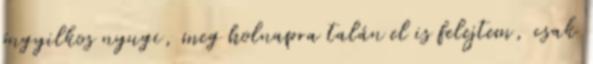
öngyilkos nyugi, meg holnapra talán el is felejtem, csak